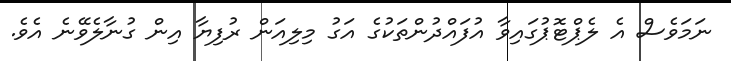
ނަމަވެސް އެ ލެޕްޓޮޕުގައިވާ އުފައްދުންތަކުގެ އަގު މިލިއަން ރުފިޔާ އިން ގުނާލެވޭނެ އެވެ.